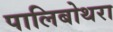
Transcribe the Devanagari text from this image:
पालिबोथरा